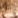
إلى